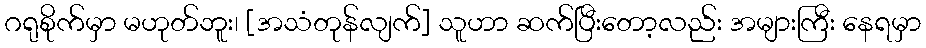
ဂရုစိုက်မှာ မဟုတ်ဘူး၊ [အသံတုန်လျက်] သူဟာ ဆက်ပြီးတော့လည်း အများကြီး နေရမှာ